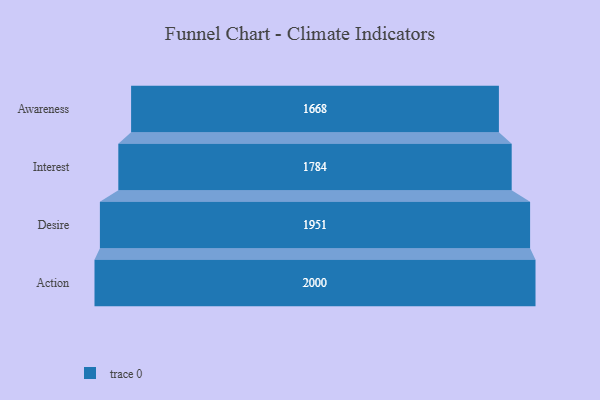
{"axis": {"x": "Stage", "y": "Value"}, "legend": [""], "data": [{"x": "Awareness", "y": 1668.0, "type": ""}, {"x": "Interest", "y": 1784.0, "type": ""}, {"x": "Desire", "y": 1951.0, "type": ""}, {"x": "Action", "y": 2000, "type": ""}]}